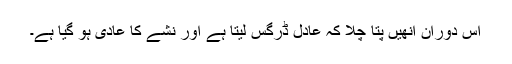
اِس دوران اُنھیں پتا چلا کہ عادل ڈرگس لیتا ہے اور نشے کا عادی ہو گیا ہے۔